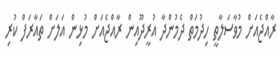
ރާއްޖެއަށް މުވާސަލާތީ ހިދުމަތް ދެމުންދާ އުރީދޫއިން ރާއްޖެއަށް މުޅިން އަލަށް ތައާރަފް ކުރި